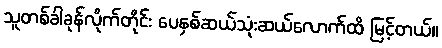
သူတစ်ခါခုန်လိုက်တိုင်း ပေနှစ်ဆယ်သုံးဆယ်လောက်ထိ မြင့်တယ်။